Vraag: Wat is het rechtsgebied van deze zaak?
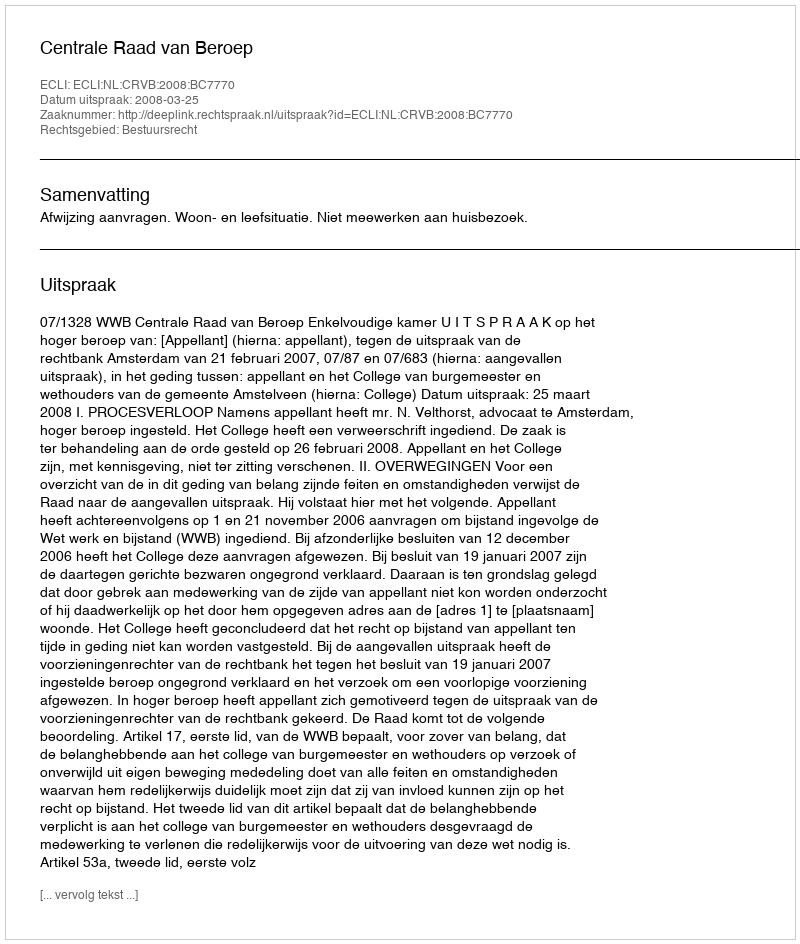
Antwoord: Bestuursrecht